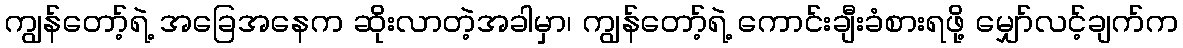
ကျွန်တော့်ရဲ့ အခြေအနေက ဆိုးလာတဲ့အခါမှာ၊ ကျွန်တော့်ရဲ့ ကောင်းချီးခံစားရဖို့ မျှော်လင့်ချက်က